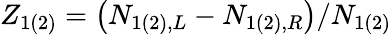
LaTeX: Z_{1(2)}=\left(N_{1(2),L}-N_{1(2),R}\right)/N_{1(2)}